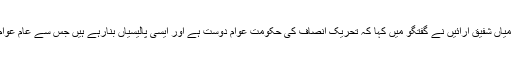
اس موقع پر میاں شفیق ارائیں نے گفتگو میں کہا کہ تحریک انصاف کی حکومت عوام دوست ہے اور ایسی پالیسیاں بنارہے ہیں جس سے عام عوام کو فائدہ ہو۔